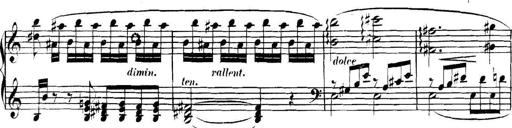
Title: Collected Piano Sonatas
Composer: Muzio Clementi